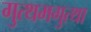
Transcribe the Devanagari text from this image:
गुत्थमगुत्था